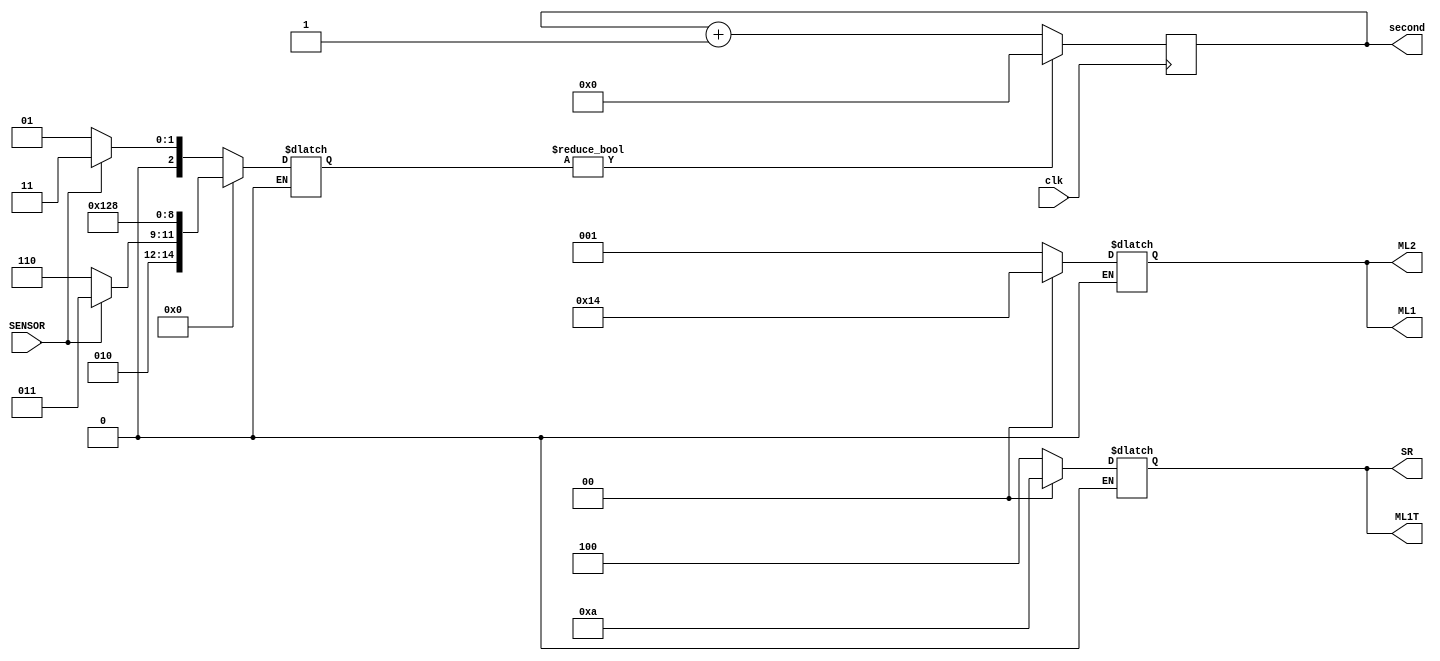
module case_2(ML1,ML1T, ML2, SR,SENSOR,clk,second);
parameter S0=3'b000,//G,R,G,R
          S1=3'b001,//G,R,Y,R
          S2=3'b010,//G,G,R,R
          S3=3'b011,//Y,Y,R,R       
          S4=3'b100,//R,R,R,G
          S5=3'b101,//R,R,R,Y
          S6=3'b110;//G,Y,R,R
input SENSOR, //side road  sensor
    clk;
output reg[2:0] ML1,
                ML1T,
                ML2,
                SR;
reg[2:0] state,next_state; //to change the lights
output reg[7:0] second=-1;
initial state<=2'b000; 
initial ML1<=3'b001; 
initial ML1T<=3'b100;
initial ML2<=3'b001;
initial SR<=3'b100; 
always@(posedge clk)begin 
    state<=next_state; //to change state to next state
end
always @(*) begin //switch between states
    case(state) 
        S0:
            begin
               ML1<=3'b001; 
               ML1T<=3'b100;
               ML2<=3'b001;
               SR<=3'b100;
               if((SENSOR==1))begin 
                       next_state<=S3;end                

             else begin
                   next_state<=S1;end 
             end
         S1:
            begin
                ML1<=3'b001;
                ML1T<=3'b100;
                ML2<=3'b010;
                SR<=3'b100;
                if(second==3) begin       
                    next_state<=S2;end 
            end
          S2:
            begin
                ML1<=3'b001;
                ML1T<=3'b001;
                ML2<=3'b100;
                SR<=3'b100;
                #4000;
                if(SENSOR==1) begin       
                    next_state<=S3;end 
                else begin
                    #500;
                    next_state<=S6;end 
              end
        S3:
            begin
                ML1<=3'b010;
                ML1T<=3'b010;
                ML2<=3'b100;
                SR<=3'b100;
                if(second==2)begin                       
                     next_state<=S4;
                     end    
            end
        S4:
            begin
                ML1<=3'b100;
                ML1T<=3'b100;
                ML2<=3'b100;
                SR<=3'b001;
                if(second==6)begin                                             
                    next_state<=S5;end                                  
            end
        S5:
            begin
                ML1<=3'b100;
                ML1T<=3'b100;
                ML2<=3'b100;
                SR<=3'b010;
                if(second==2) begin       
                    next_state<=S0;end 
            end
         S6:
            begin
                ML1<=3'b001;
                ML1T<=3'b010;
                ML2<=3'b100;
                SR<=3'b100;
                if (second==2)begin 
                    next_state<=S0;end 
            end
        default state<=S0; 
        endcase
 end
 
 always@(posedge clk)begin
    if(state!=next_state)begin 
        state<=next_state;
        second<=0;end       
     else begin
        second<=second+1;end
 end
 endmodule